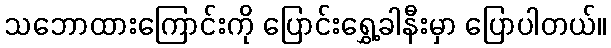
သဘောထားကြောင်းကို ပြောင်းရွှေ့ခါနီးမှာ ပြောပါတယ်။